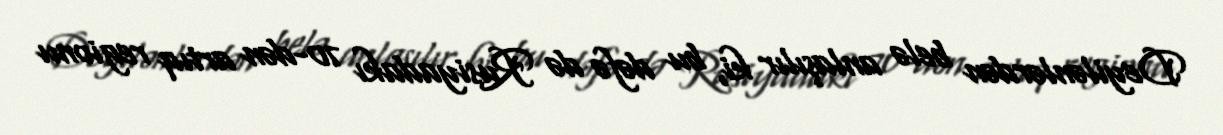
Deyilənlərdən belə anlaşılır ki, bu dəfə də Rusiyadakı 70-dən artıq regionu